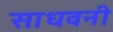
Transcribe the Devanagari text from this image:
साधवनी